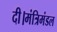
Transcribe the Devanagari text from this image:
दी।मंत्रिमंडल